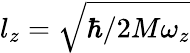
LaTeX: l_{z}=\sqrt{\hbar/2M\omega_{z}}